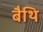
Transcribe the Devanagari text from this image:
बैथि